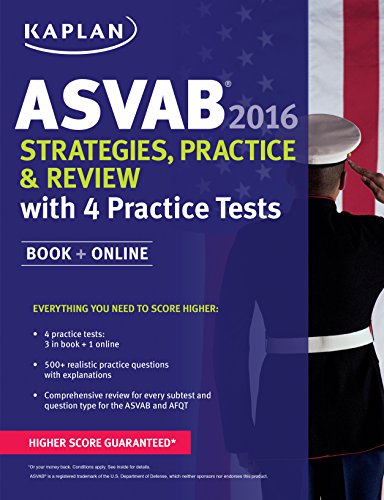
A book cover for Kaplan ASVAB 2016 Strategies, Practice, and Review with 4 Practice Tests: Book + Online (Kaplan Test Prep); Kaplan; Test Preparation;